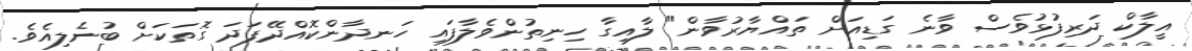
އީލާކް ދަރިފުޅުވެސް ވާނެ ގަޑިއަށް ތައްޔާރުވާން" ލާއިގާ ހިނިތުންވެލާފައި ހަނދާންކޮއްދޭފަދަ ގޮތަކަށް ބުނެލިއެވެ.